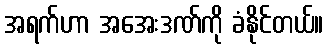
အရက်ဟာ အအေးဒဏ်ကို ခံနိုင်တယ်။